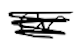
Text: or
Cross-out: scratch
Writing tool: digital_black